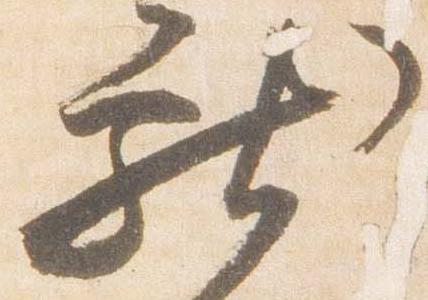
献